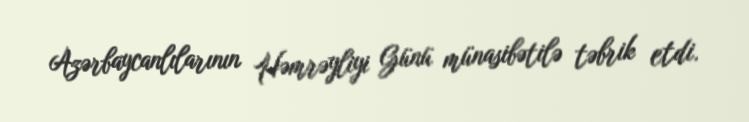
Azərbaycanlılarının Həmrəyliyi Günü münasibətilə təbrik etdi.